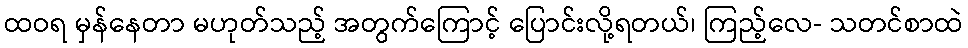
ထဝရ မှန်နေတာ မဟုတ်သည့် အတွက်ကြောင့် ပြောင်းလို့ရတယ်၊ ကြည့်လေ- သတင်စာထဲ